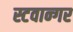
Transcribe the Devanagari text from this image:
स्टवान्गर